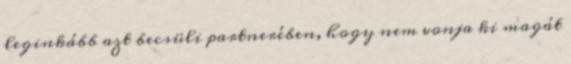
leginkább azt becsüli partnerében, hogy nem vonja ki magát